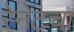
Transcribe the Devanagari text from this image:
रेनेटचा